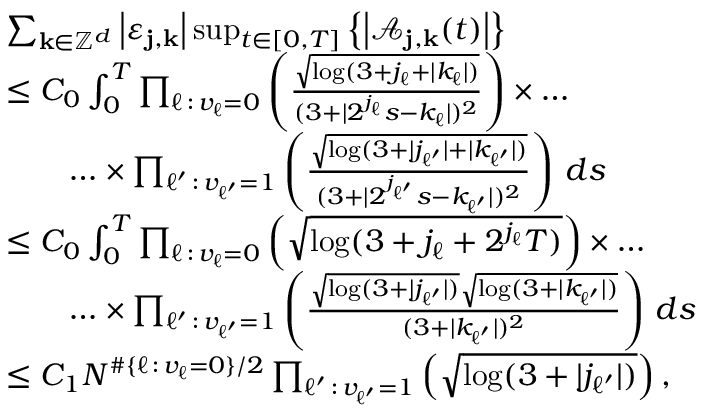
\begin{array} { r l } & { \sum _ { \mathbf { k } \in \mathbb { Z } ^ { d } } \left| \varepsilon _ { \mathbf { j } , \mathbf { k } } \right| \operatorname* { s u p } _ { t \in [ 0 , T ] } \left\{ \left| \mathcal { A } _ { \mathbf { j } , \mathbf { k } } ( t ) \right| \right\} } \\ & { \leq C _ { 0 } \int _ { 0 } ^ { T } \prod _ { \ell \, : \, v _ { \ell } = 0 } \left( \frac { \sqrt { \log ( 3 + j _ { \ell } + | k _ { \ell } | ) } } { ( 3 + | 2 ^ { j _ { \ell } } s - k _ { \ell } | ) ^ { 2 } } \right) \times \ldots } \\ & { \qquad \ldots \times \prod _ { \ell ^ { \prime } \, : \, v _ { \ell ^ { \prime } } = 1 } \left( \frac { \sqrt { \log ( 3 + | j _ { \ell ^ { \prime } } | + | k _ { \ell ^ { \prime } } | ) } } { ( 3 + | 2 ^ { j _ { \ell ^ { \prime } } } s - k _ { \ell ^ { \prime } } | ) ^ { 2 } } \right) \, d s } \\ & { \leq C _ { 0 } \int _ { 0 } ^ { T } \prod _ { \ell \, : \, v _ { \ell } = 0 } \left( \sqrt { \log ( 3 + j _ { \ell } + 2 ^ { j _ { \ell } } T ) } \right) \times \ldots } \\ & { \qquad \ldots \times \prod _ { \ell ^ { \prime } \, : \, v _ { \ell ^ { \prime } } = 1 } \left( \frac { \sqrt { \log ( 3 + | j _ { \ell ^ { \prime } } | ) } \sqrt { \log ( 3 + | k _ { \ell ^ { \prime } } | ) } } { ( 3 + | k _ { \ell ^ { \prime } } | ) ^ { 2 } } \right) \, d s } \\ & { \leq C _ { 1 } N ^ { \# \{ \ell \, : \, v _ { \ell } = 0 \} / 2 } \prod _ { \ell ^ { \prime } \, : \, v _ { \ell ^ { \prime } } = 1 } \left( \sqrt { \log ( 3 + | j _ { \ell ^ { \prime } } | ) } \right) , } \end{array}